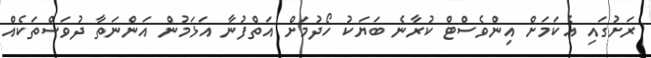
ރަށުގައި އެކަމަށް އިންވެސްޓް ކުރާނެ ބަޔަކު ހޯދުމަށް އަތްފުނާ އަޅަމުން އަންނަތާ ދުވަސްތަކެއް